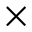
\times